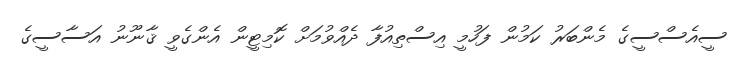
ސީއެސްސީގެ މެންބަރު ކަމުން ފަހުމީ އިސްތިއުފާ ދެއްވުމަށް ކޮމިޓީން އެންގެވީ ޤާނޫނު އަސާސީގެ